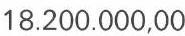
18.200.000,00